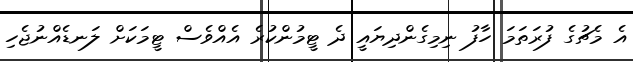
އެ މެޗުގެ ފުރަތަމަ ހާފު ނިމިގެންދިޔައީ ދެ ޓީމުންކުރެ އެއްވެސް ޓީމަކަށް ލަނޑެއްނުޖެހި